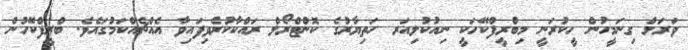
ވަރަށް ގިނަމީހުން ހީކުރަނީ މިބްރީފްކޭހަކީ ނިއުކުލިއަރ ހަތިޔާރުގެ ކޮންޓްރޯލް ރައްކާކުރެވިފައިވާ އެއްޗެއްކަމުގައެވެ. ބްރީފްކޭހުން